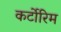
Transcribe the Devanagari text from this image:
कर्टोरिम